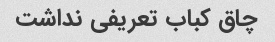
چاق کباب تعریفی نداشت